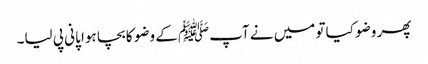
پھر وضو کیا تو میں نے آپﷺ کے وضو کا بچا ہوا پانی پی لیا۔